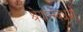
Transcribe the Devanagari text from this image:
श्रेयान्स्वधर्मो